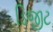
ડિજીટ